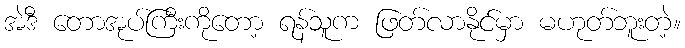
အဲဒီ တောအုပ်ကြီးကိုတော့ ရန်သူက ဖြတ်လာနိုင်မှာ မဟုတ်ဘူးတဲ့။